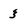
Character: 3